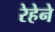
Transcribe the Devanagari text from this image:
रेहेने